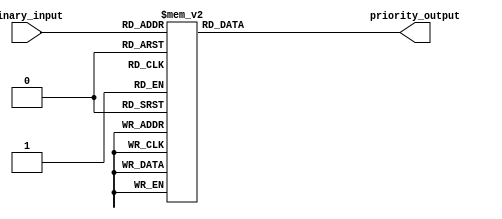
module decimal_priority_encoder (
    input [3:0] binary_input,
    output reg [2:0] priority_output
);

always @(*) begin
    priority_output = 3'b000; // Default output is all zeros
    
    case(binary_input)
        4'b1000: priority_output = 3'b111; // Decimal 8
        4'b1001: priority_output = 3'b110; // Decimal 9
        4'b1010: priority_output = 3'b101; // Decimal 10
        4'b1011: priority_output = 3'b100; // Decimal 11
        4'b1100: priority_output = 3'b011; // Decimal 12
        4'b1101: priority_output = 3'b010; // Decimal 13
        4'b1110: priority_output = 3'b001; // Decimal 14
        4'b1111: priority_output = 3'b000; // Decimal 15 (no output active)
    endcase
end

endmodule